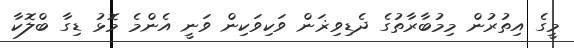
މީގެ އިތުރުން މިމުބާރާތުގެ ދެޑިވިޜަން ވަކިވަކިން ވަނީ އެންމެ މޮޅު ޑިގާ ބްލޮކާ